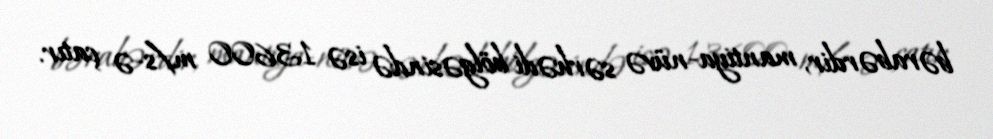
bərabərdir, mantiya-nüvə sərhədi bölgəsində isə 13600 m/s-ə çatır.